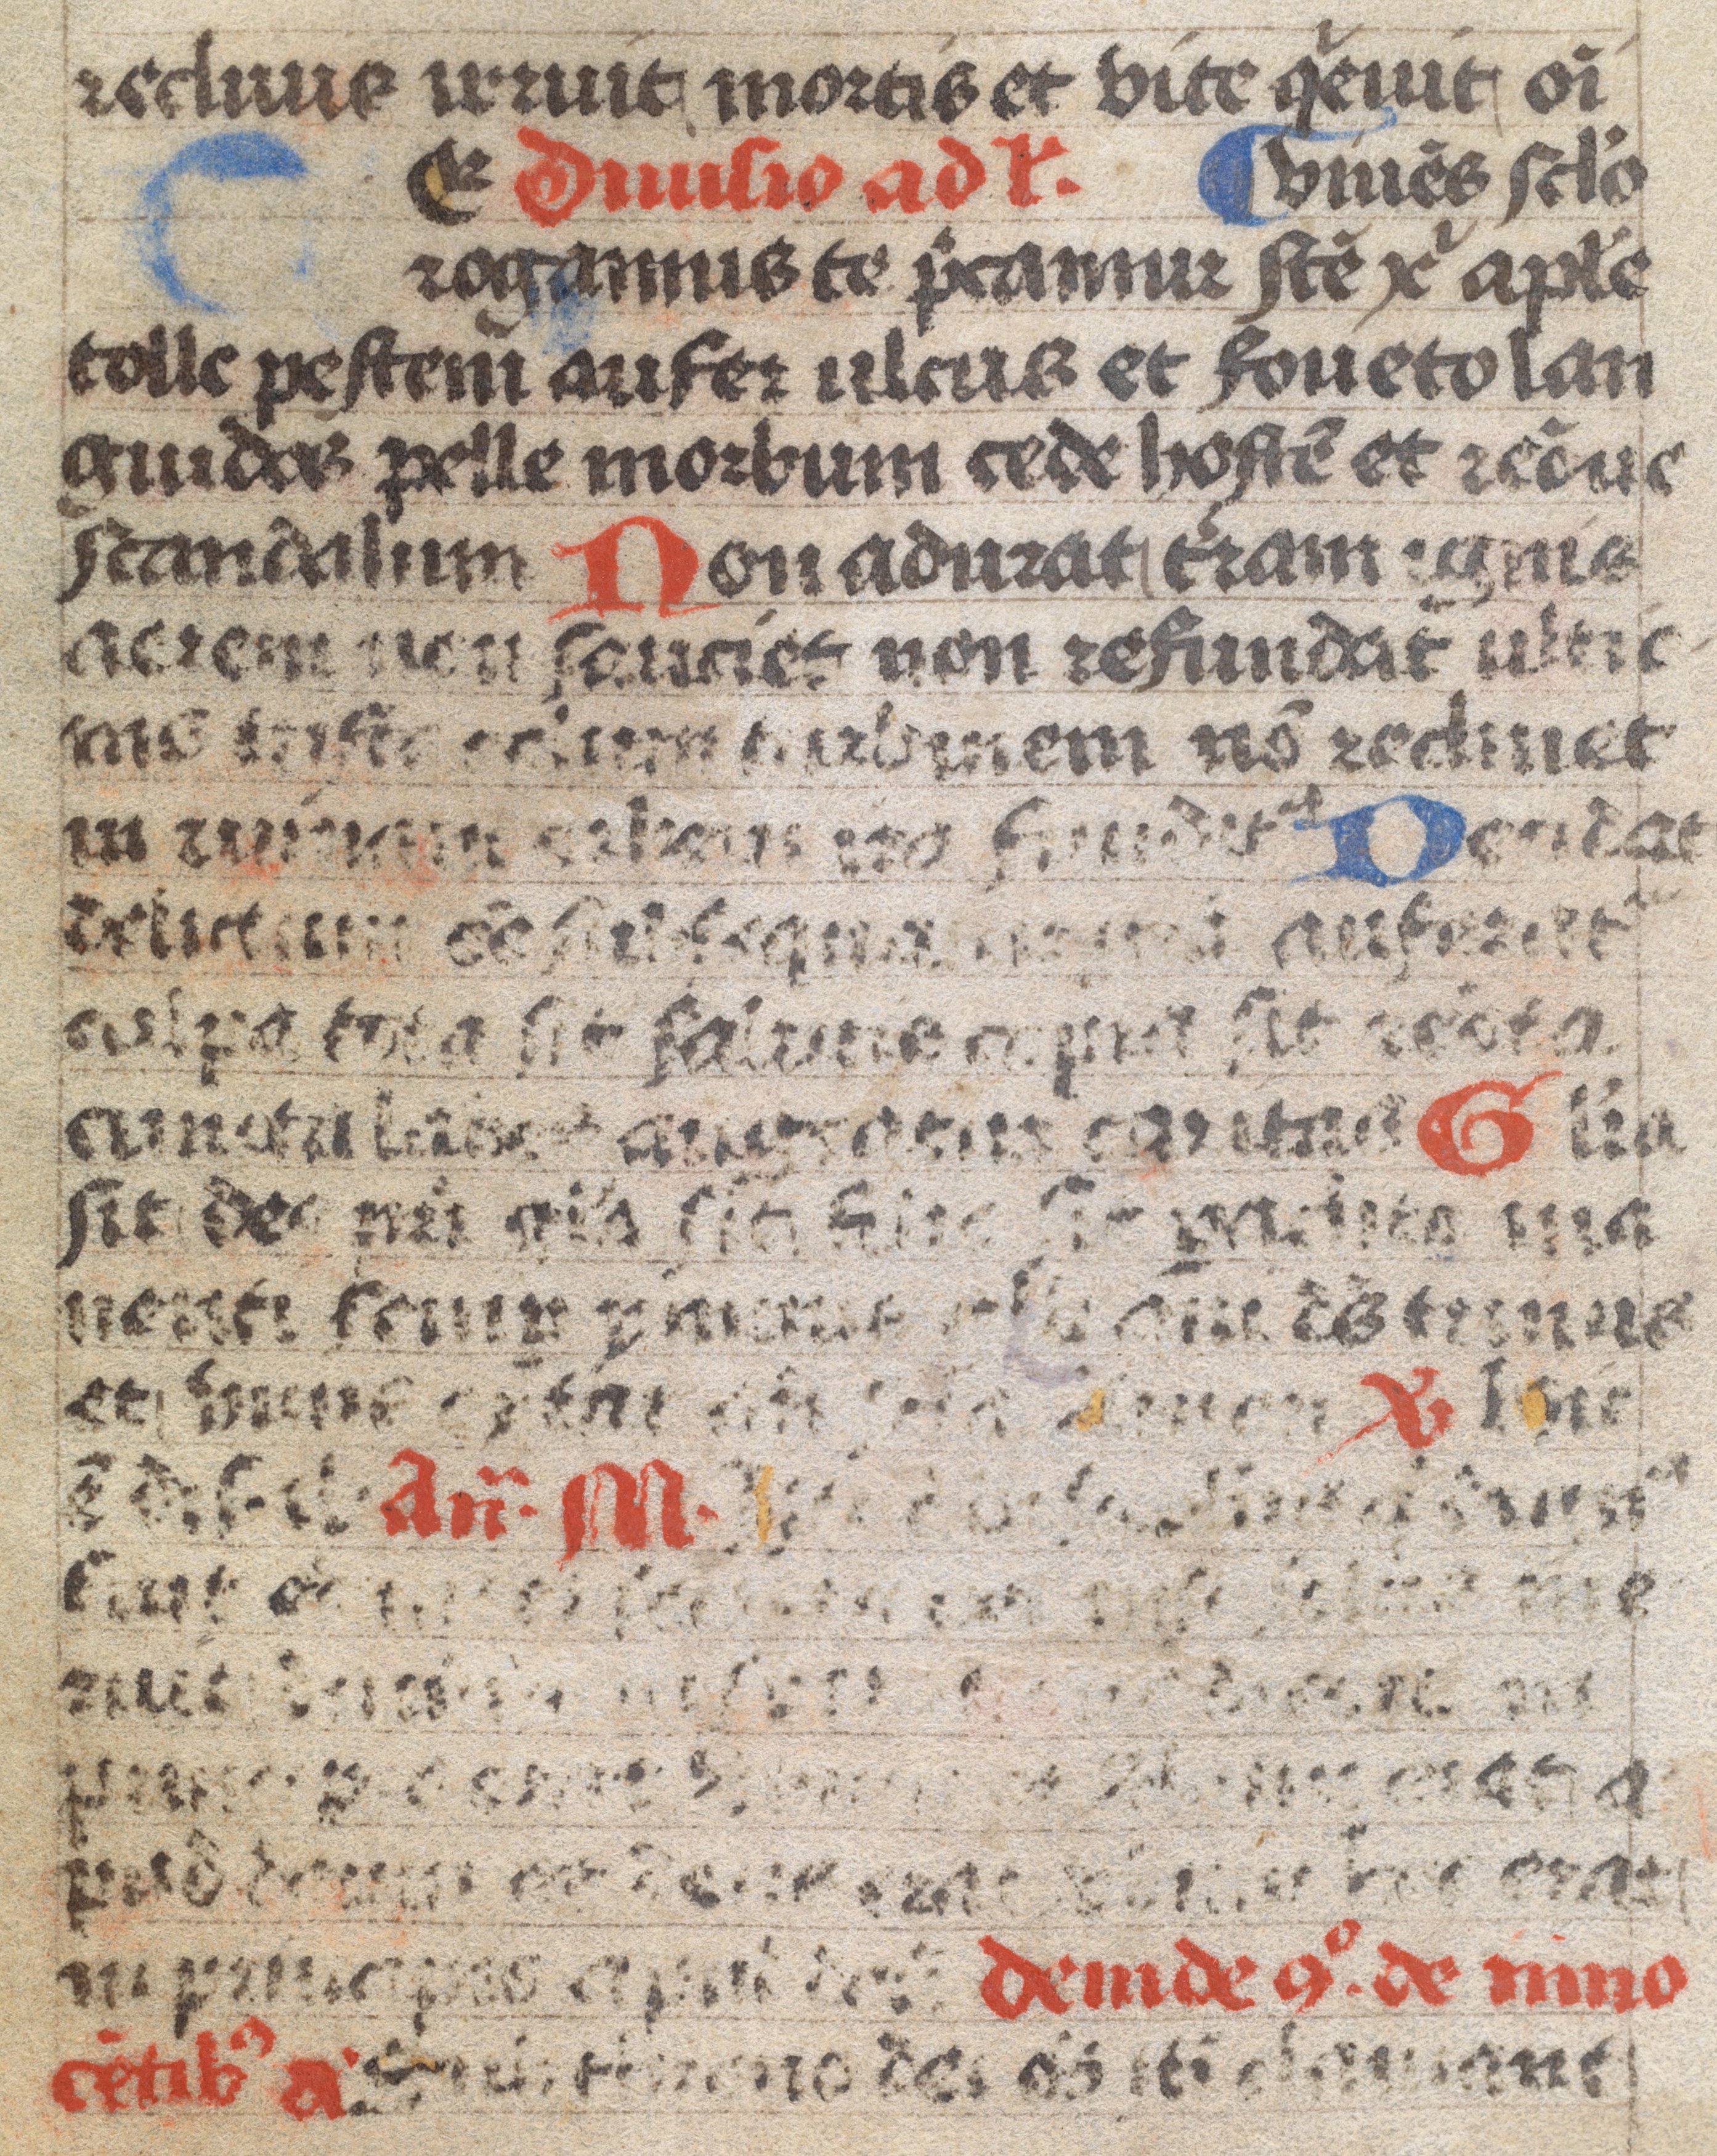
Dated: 1300–1399